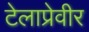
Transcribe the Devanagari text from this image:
टेलाप्रेवीर